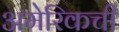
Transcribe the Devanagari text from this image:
अमेरिकची